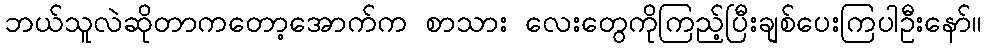
ဘယ်သူလဲဆိုတာကတော့အောက်က စာသား လေးတွေကိုကြည့်ပြီးချစ်ပေးကြပါဦးနော်။